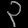
Digit: ၃